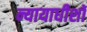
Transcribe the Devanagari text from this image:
न्यायाधीशॉ